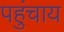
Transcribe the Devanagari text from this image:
पहुंचाय